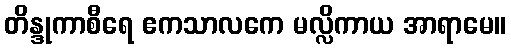
တိန္ဒုကာစီရေ ဧကသာလကေ မလ္လိကာယ အာရာမေ။